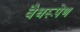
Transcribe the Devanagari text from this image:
वैधरूपेण